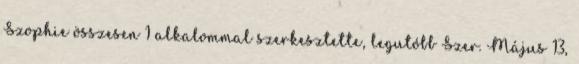
Szophie összesen 1 alkalommal szerkesztette, legutóbb Szer. Május 13,